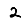
Digit: 2